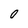
Character: 0